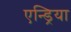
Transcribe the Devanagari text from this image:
एन्ड्रिया